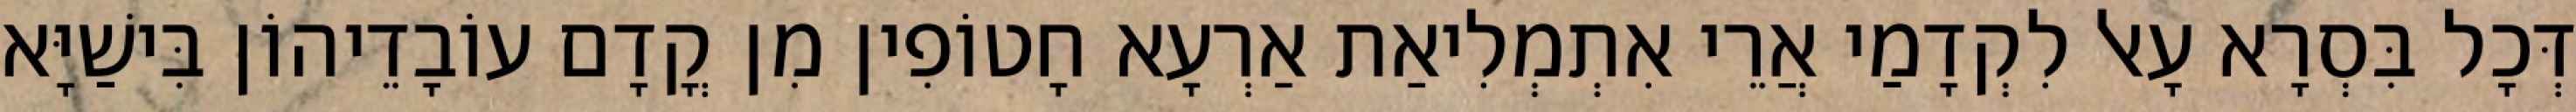
דְּכָל בִּסְרָא עָאל לִקְדָמַי אֲרֵי אִתְמְלִיאַת אַרְעָא חָטוֹפִין מִן קֳדָם עוֹבָדֵיהוֹן בִּישַׁיָּא